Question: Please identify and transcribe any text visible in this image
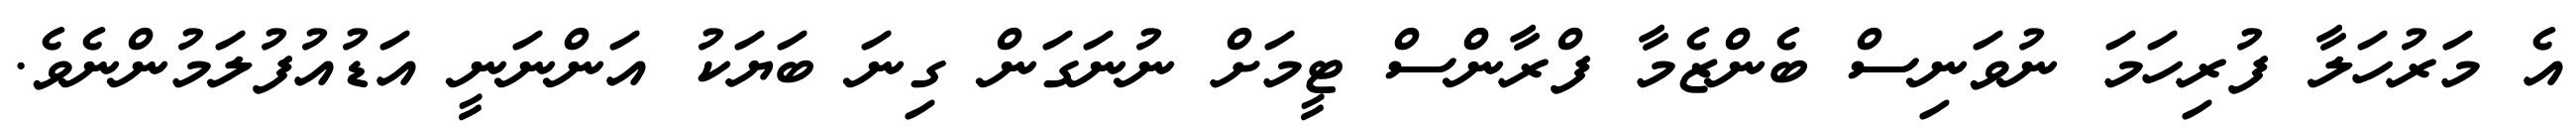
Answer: އެ މަރުހަލާ ފުރިހަމަ ނުވަނިސް ބެންޒެމާ ފްރާންސް ޓީމަށް ނުނަގަން ގިނަ ބަޔަކު އަންނަނީ އަޑުއުފުލަމުންނެވެ.